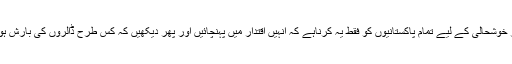
ترقی اور خوشحالی کے لیے تمام پاکستانیوں کو فقط یہ کرناہے کہ اُنہیں اقتدار میں پہنچائیں اور پھر دیکھیں کہ کس طرح ڈالروں کی بارش ہوتی ہے ۔